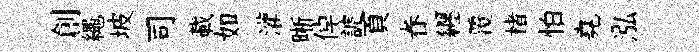
創繩坡司載如灌晰倬謔頁眷纒覆楮怕堯泓